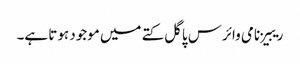
ریبیز نامی وائرس پاگل کتے میں موجود ہوتا ہے۔